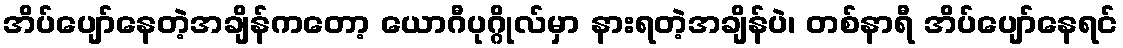
အိပ်ပျော်နေတဲ့အချိန်ကတော့ ယောဂီပုဂ္ဂိုလ်မှာ နားရတဲ့အချိန်ပဲ၊ တစ်နာရီ အိပ်ပျော်နေရင်